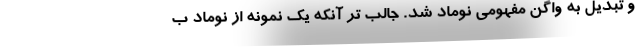
و تبدیل به واگن مفهومی نوماد شد. جالب تر آنکه یک نمونه از نوماد ب